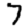
Digit: 7